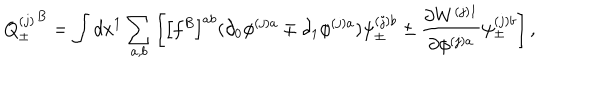
LaTeX: { Q _ { \pm } ^ { ( j ) } } ^ { B } = \int d x ^ { 1 } \sum _ { a , b } \left[ \left[ f ^ { B } \right] ^ { a b } ( \partial _ { 0 } \phi ^ { ( j ) a } \mp \partial _ { 1 } \phi ^ { ( j ) a } ) \psi _ { \pm } ^ { ( j ) b } \pm \frac { \partial W ^ { ( j ) 1 } } { \partial \phi ^ { ( j ) a } } \psi _ { \mp } ^ { ( j ) b } \right] ,